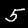
Label: 5